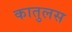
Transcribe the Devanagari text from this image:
कातुलस